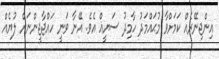
އިންޖިނޭރެއް ކަަމަށްވާ މުޙައްމަދު ހާމިދު ސަޔީޣް އެވެ. އޭނާ ވަނީ ހައްޖާޖީންނަށް ލުޔެއް